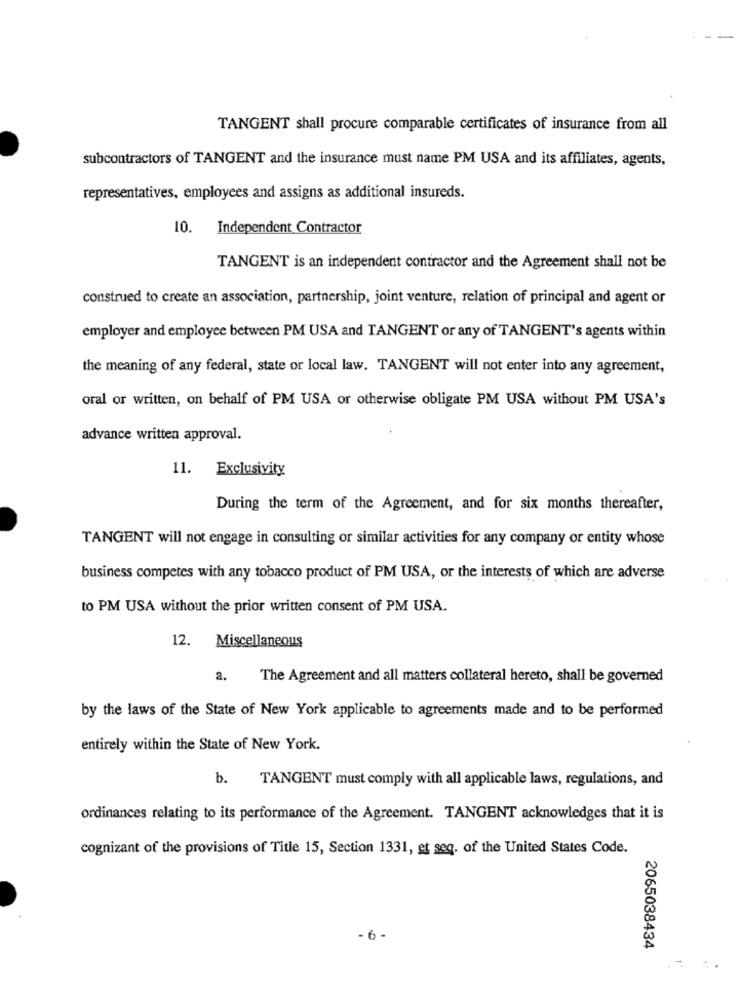
TANGENT shall procure comparable certificates of insurance from all
subcontractors of TANGENT and the insurance must name PM USA and its affiliates, agents,
representatives, employees and assigns as additional insureds.
10. Independent Contractor
TANGENT is an independent contractor and the Agreement shall not be
construed to create an association, partnership, joint venture, relation of principal and agent or
employer and employee between PM USA and TANGENT or any of TANGENT's agents within
the meaning of any federal, state or local law. TANGENT will not enter into any agreement,
oral or written, on behalf of PM USA or otherwise obligate PM USA without PM USA's
advance written approval.
11. Exclusivity
During the term of the Agreement, and for six months thereafter,
TANGENT will not engage in consulting or similar activities for any company or entity whose
business competes with any tobacco product of PM USA, or the interests of which are adverse
to PM USA without the prior written consent of PM USA.
12. Miscellaneous
a.
The Agreement and all matters collateral hereto, shall be governed
by the laws of the State of New York applicable to agreements made and to be performed
entirely within the State of New York.
b.
TANGENT must comply with all applicable laws, regulations, and
ordinances relating to its performance of the Agreement. TANGENT acknowledges that it is
cognizant of the provisions of Title 15, Section 1331, et seq. of the United States Code.
- 6-
2065038434